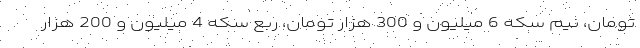
تومان، نیم سکه 6 میلیون و 300 هزار تومان، ربع سکه 4 میلیون و 200 هزار